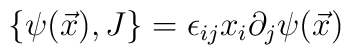
\{\psi(\vec{x}), J\} =\epsilon_{ij}x_{i}\partial_{j}\psi(\vec{x})